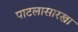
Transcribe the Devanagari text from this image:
पाटलासारखा